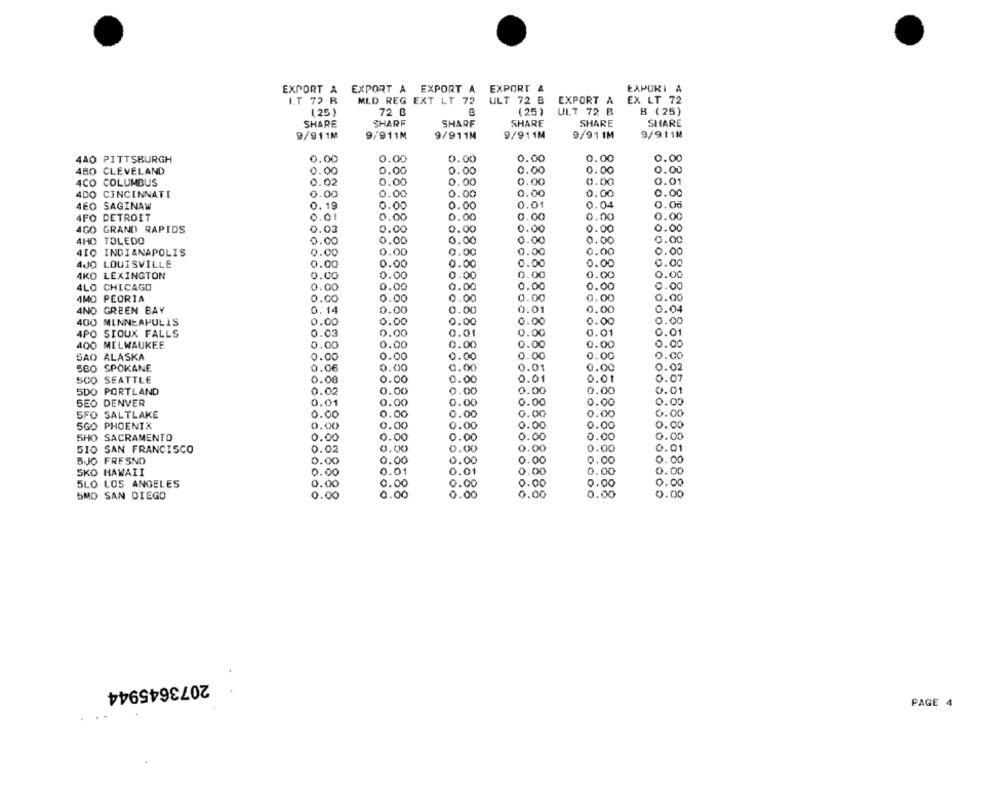
EXPURI A
EXPORT A EXPORT A EXPORT A EXPORT A
I.T 72 R
MLD REG EXT LT 72
ULT 72 B
EXPORT A
EX LT 72
125)
72 B
(25)
B (25)
ULT 72 B
SHARE
SHARF
SHARF
SHARE
SHARE
SHARE
9/911M
9/911M
9/911M
9/911M
9/911M
9/911M
4AO PITTSBURGH
0.00
0.00
0.00
0.00
0.00
0.00
4BO CLEVELAND
0.00
0.00
0.00
0.00
0.00
0.00
4CO COLUMBUS
0.02
0.00
0.00
0.00
0.00
0.01
400
CINCINNATI
.00
0.00
0.00
0.00
.00
0.00
4EO SAGINAW
0.19
0.00
0.00
0.01
. 04
0.05
4FO DETROIT
0.01
0.00
0.00
0.00
.00
0.00
4GO GRAND RAPIDS
0.03
0.00
0.00
0.00
0.00
0.00
4HO TOLEDO
0.00
0.00
0.00
0.00
0.00
0.00
410
INDIANAPOLIS
0.00
0.00
0.00
0.00
0.00
0.00
AJO LOUISVILLE
0.00
0.00
0.00
.00
0.00
0.00
4KO LEXINGTON
0.00
0.00
0.00
0.00
0.00
0.00
0.00
0.00
4LO CHICAGO
0.00
0.00
0.00
0.00
AMO PEORIA
0.00
0.00
0.00
0.00
0.00
0.00
4NO GREEN BAY
0.00
0.00
0.01
.04
0.14
0.00
400 MINNEAPOLIS
0.00
0.00
0.00
0.00
0.00
0.00
4PO SIOUX FALLS
0.00
0.01
0.01
0.03
0.00
0.01
400
MILWAUKEE
0.00
0.00
0.00
0.00
0.00
0.00
SAO ALASKA
0.00
0.00
0.00
0.00
0.00
O
.CO
S80 SPOKANE
0.06
0.00
0.00
0.01
0.00
0.02
SCO SEATTLE
0.00
.00
0.00
0.01
0.01
0.07
0.01
5DO
PORTLAND
0.02
.00
0.00
0.00
0.00
SEO DENVER
0.01
0.00
0.00
.00
0.00
0.00
SFO SALTLAKE
0.00
0.00
0.00
0.00
1.00
0.00
5GO PHOENIX
0.00
0.00
0.00
.00
.00
0.00
5HO SACRAMENTO
0.00
0.00
0.00
0.00
.00
0.00
GIO SAN FRANCISCO
0.02
0.00
0.00
0.00
0.00
0.01
0.00
0.00
.00
BJO FRESNO
0.00
.00
0.00
SKO HAWAII
0.00
0.01
0.01
0.00
0.00
0.00
0.00
0.00
0.00
0.00
SLO LOS ANGELES
0.00
0.00
5MO SAN DIEGO
0.00
0.00
0.00
0.00
0.00
0.00
2073645944
PAGE 4